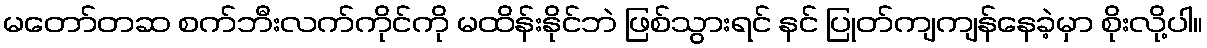
မတော်တဆ စက်ဘီးလက်ကိုင်ကို မထိန်းနိုင်ဘဲ ဖြစ်သွားရင် နင် ပြုတ်ကျကျန်နေခဲ့မှာ စိုးလို့ပါ။